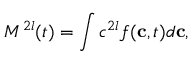
M ^ { 2 l } ( t ) = \int c ^ { 2 l } f ( \mathbf { c } , t ) d \mathbf { c } ,